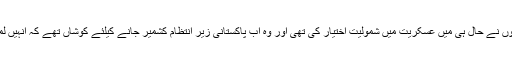
اطلاعات میں بتایا جارہا ہے کہ ان چاروں نوجوانوں نے حال ہی میں عسکریت میں شمولیت اختیار کی تھی اور وہ اب پاکستانی زیر انتظام کشمیر جانے کیلئے کوشاں تھے کہ اُنہیں لمبر علاقے میں بونیار کے مقام پر گرفتار کیا گیا۔